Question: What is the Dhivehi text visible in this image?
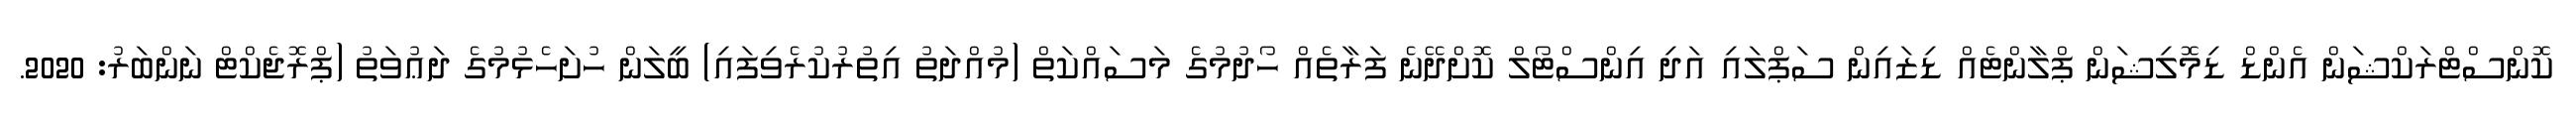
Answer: ކޮންސްޓްރަކްޝަން އެންޑް ޑިމޮލިޝަން ޕްލާންޓެއް ޑިޒައިން ސަޕްލައި އަދި އިންސްޓޯލް ކޮށްދޭނެ ފަރާތެއް ހޯދުމުގެ މަސައްކަތް (މުއްދަތު އިތުރުކުރެވިފައި) ބީލަން ހުށަހެޅުމުގެ ދަޢުވަތު (ޕްރޮޖެކްޓް ނަންބަރު: 2020.